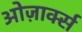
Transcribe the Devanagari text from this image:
ओज़ार्क्स